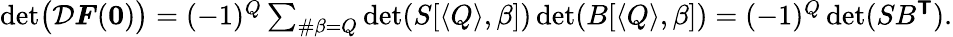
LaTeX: \begin{array}{r}{\operatorname*{det}\bigl(\mathcal{D}\boldsymbol{F}(\boldsymbol{0})\bigr)=(-1)^{Q}\sum_{\# \beta=Q}\operatorname*{det}(S[\langle Q\rangle,\beta])\operatorname*{det}(B[\langle Q\rangle,\beta])=(-1)^{Q}\operatorname*{det}(SB^{\boldsymbol{\mathsf{T}}}).}\end{array}